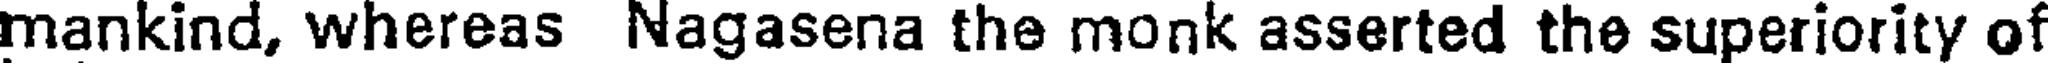
mankind, whereas Nagasena the monk asserted the superiority of